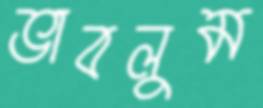
ভাবলুম